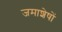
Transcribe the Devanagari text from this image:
जमाशेषों